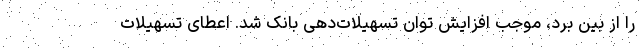
را از بین برد، موجب افزایش توان تسهیلات‌دهی بانک شد. اعطای تسهیلات